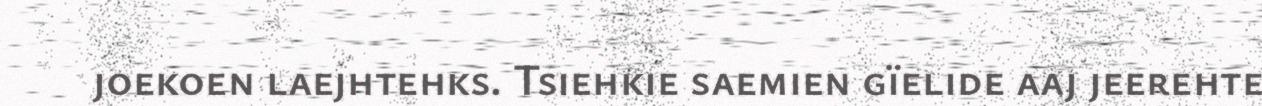
joekoen laejhtehks. Tsiehkie saemien gïelide aaj jeerehte